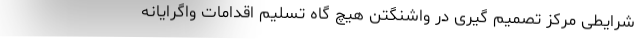
شرایطی مرکز تصمیم گیری در واشنگتن هیچ گاه تسلیم اقدامات واگرایانه